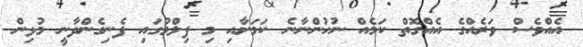
އެއްވެސް ވަރެއްގެ އެއްގޮތް ކަމެއް ނުހުންނާނެ ކަމަށާއި މި ފިލްމުގައި ފެނިގެންދާނީ މުޅިން